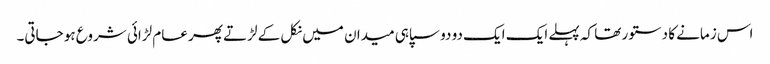
اس زمانے کا دستور تھا کہ پہلے ایک ایک دو دو سپاہی میدان میں نکل کے لڑتے پھر عام لڑائی شروع ہو جاتی۔